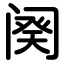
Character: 阕